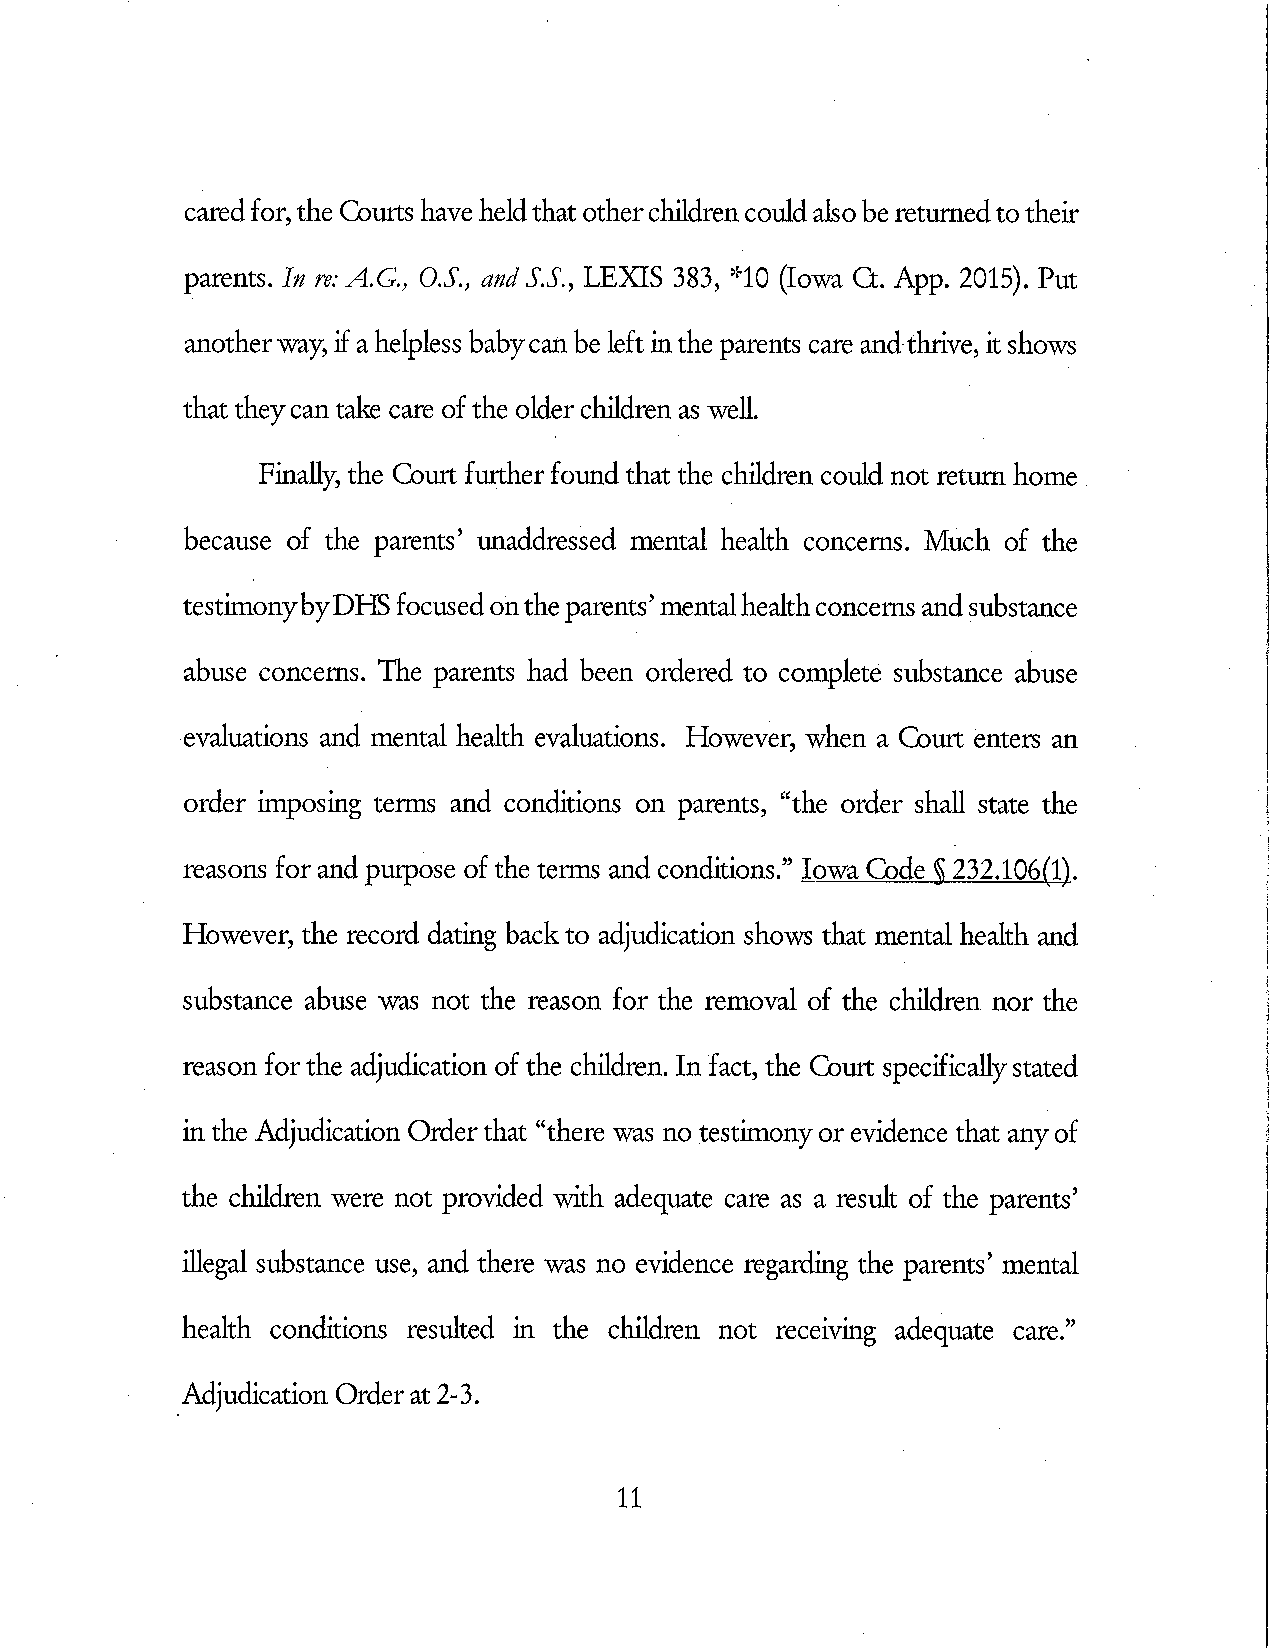
caredfor,the Courts have heldthat othercMdren couldalso be returnedtotheir
 parents. Iff re: A.G., 0.5., wd S.S., LEX[S 383, '10 (Iowa Ct. App. 2015). Put
 anotherway, if ahelpless babycan be left inthe parents care andthrive, it shows
 that theycan take care of the older cffldren as well.
 Finally, the Court further found that the cMdren could not return home
 because of the parents' unaddressed mental health concerns. Much of the
 testirnonybyDHS focusedonthe parents' mentalhealthconcerns andsubstance
 abuse concems. The parents had been ordered to complete substance abuse
 evaluations and mental health evaluations. However, when a Court enters an
 order irnposuig terms and conditions on parents, "the order shan state the
 reasons for and purpose of the terms and conditions." Iowa Code '§ 232.106(1).
 However, the record dating back to adjudication shows that mental health and
 substance abuse was not the reason for the removal of the cMdren nor the
 reason forthe adjudication of the children. In fact, the Court specificallystated
 in the Adjudication Orderthat "there was no testirnonyor evidence that anyof
 the cMdren were not provided with adequate care as a result of the parents'
 illegal substance use, and there was no evidence regarding the parents' mental
 health conditions resulted in the children not receiving adequate care."
 Adjudication Orderat 2-3.
 11